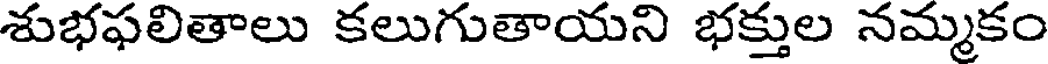
శుభఫలితాలు కలుగుతాయని భక్తుల నమ్మకం